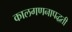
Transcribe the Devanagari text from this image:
कालगणनापद्धती